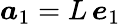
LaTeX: \boldsymbol a_{1}=L\, \boldsymbol e_{1}